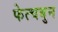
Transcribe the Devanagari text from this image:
फेत्चबुन